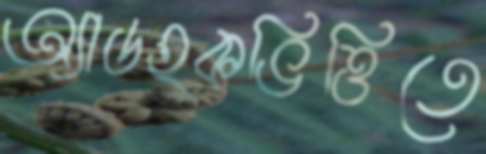
অ্যাডহকভিত্তিতে